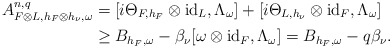
\begin{align*} A^{n,q}_{F\otimes L,h_F\otimes h_\nu,\omega}&=[i\Theta_{F,h_F}\otimes\mathrm{id}_L,\Lambda_\omega]+[i\Theta_{L,h_\nu}\otimes\mathrm{id}_F,\Lambda_\omega]\\ &\geq B_{h_F,\omega}-\beta_\nu[\omega\otimes\mathrm{id}_F,\Lambda_\omega]=B_{h_F,\omega}-q\beta_\nu. \end{align*}